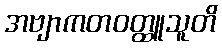
အဗျာကတဝတ္ထူသူတိ